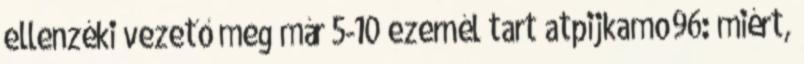
ellenzéki vezető meg már 5-10 ezernél tart atpijkamo96: miért,